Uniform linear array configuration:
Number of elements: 24
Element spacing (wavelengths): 0.5
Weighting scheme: cosine
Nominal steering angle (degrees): -30
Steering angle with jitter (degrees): -31.498
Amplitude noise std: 0.05
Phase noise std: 0.05

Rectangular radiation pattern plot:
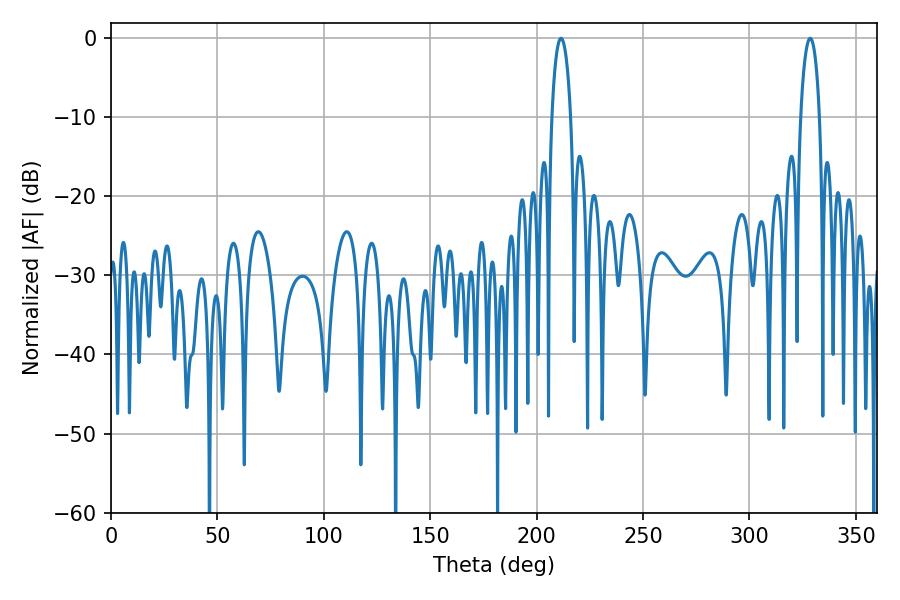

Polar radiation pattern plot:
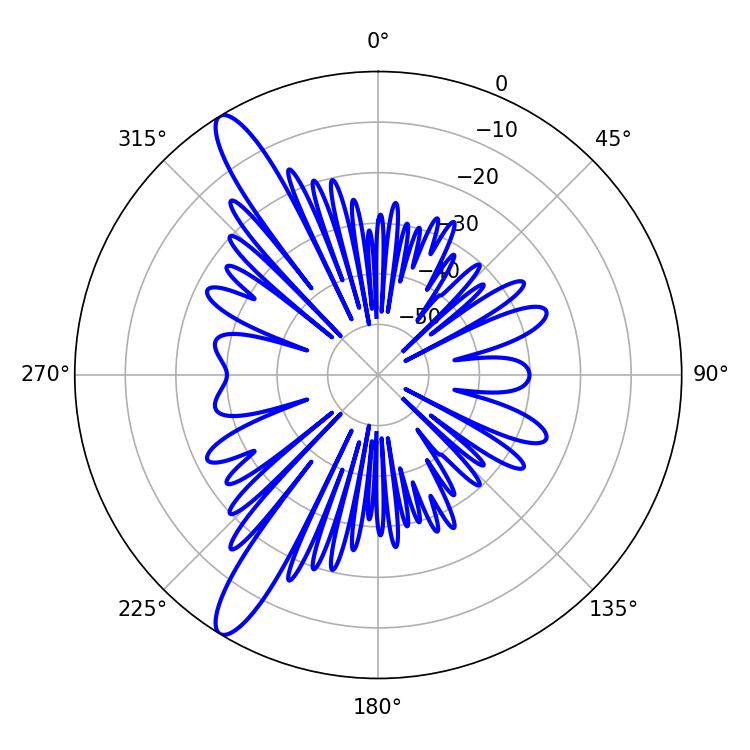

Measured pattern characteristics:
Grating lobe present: FALSE
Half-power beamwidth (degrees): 5.04
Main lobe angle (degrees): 328.5